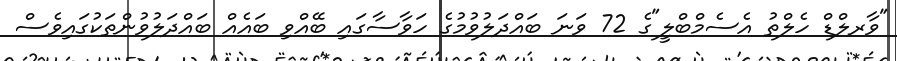
"ވާރލްޑް ހެލްތު އެސެމްބްލީ"ގެ 72 ވަނަ ބައްދަލުވުމުގެ ހަވާސާގައި ބޭއްވި ބައެއް ބައްދަލުވުންތަކުގައިވެސް